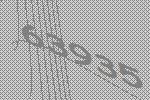
63935